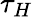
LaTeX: \tau_{H}